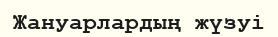
Жануарлардың жүзуі